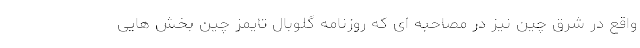
واقع در شرق چین نیز در مصاحبه ای که روزنامه گلوبال تایمز چین بخش هایی